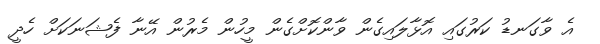
އެ ވާގަނޑު ކަރުގައި އޮޅާލައިގެން ވާންކޮށްގެން މީހުން މެރުން އޭނާ ފެޝަނަކަށް ހެދީ